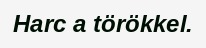
Harc a törökkel.